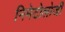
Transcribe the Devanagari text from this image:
निमेटोलोजी